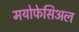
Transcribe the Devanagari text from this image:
मयोफेसिअल